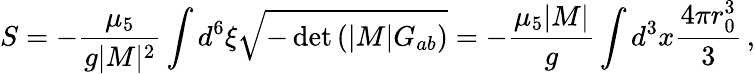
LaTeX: S=-\frac{\mu_{5}}{g|M|^{2}}\int d^{6}\xi\sqrt{-\operatorname*{det}\left(|M|G_{ab}\right)}=-\frac{\mu_{5}|M|}{g}\int d^{3}x\frac{4\pi r_{0}^{3}}{3}\, ,